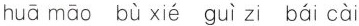
huā māo bù xié guì zi bái cài